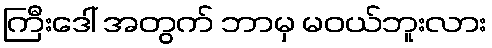
ကြီးဒေါ် အတွက် ဘာမှ မဝယ်ဘူးလား